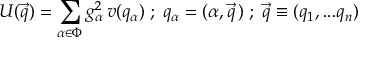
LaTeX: U ( \vec { q } ) = \sum _ { \alpha \in \Phi } g _ { \alpha } ^ { 2 } \, v ( q _ { \alpha } ) \; ; \; q _ { \alpha } = ( \alpha , \vec { q } \, ) \; ; \; \vec { q } \equiv ( q _ { 1 } , . . . q _ { n } )